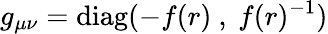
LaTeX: g_{\mu\nu}=\mathrm{diag}(-f(r)\ ,\ f(r)^{-1})